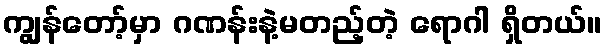
ကျွန်တော့်မှာ ဂဏန်းနဲ့မတည့်တဲ့ ရောဂါ ရှိတယ်။